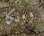
وونكا